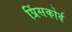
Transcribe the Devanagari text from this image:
प्रिंसकोर्व